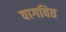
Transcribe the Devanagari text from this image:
वागवित